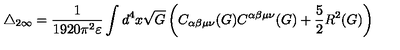
\triangle _ { 2 \infty } = \frac { 1 } { 1 9 2 0 \pi ^ { 2 } \varepsilon } \int d ^ { 4 } x \sqrt { G } \left( C _ { \alpha \beta \mu \nu } ( G ) C ^ { \alpha \beta \mu \nu } ( G ) + \frac { 5 } { 2 } R ^ { 2 } ( G ) \right)